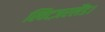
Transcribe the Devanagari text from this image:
स्विटज़रलैंड।